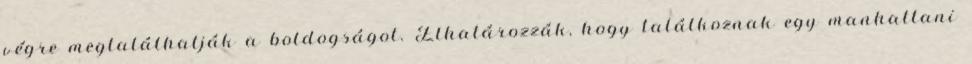
végre megtalálhatják a boldogságot. Elhatározzák, hogy találkoznak egy manhattani